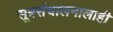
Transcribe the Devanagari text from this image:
सूत्रसंचालनालाही